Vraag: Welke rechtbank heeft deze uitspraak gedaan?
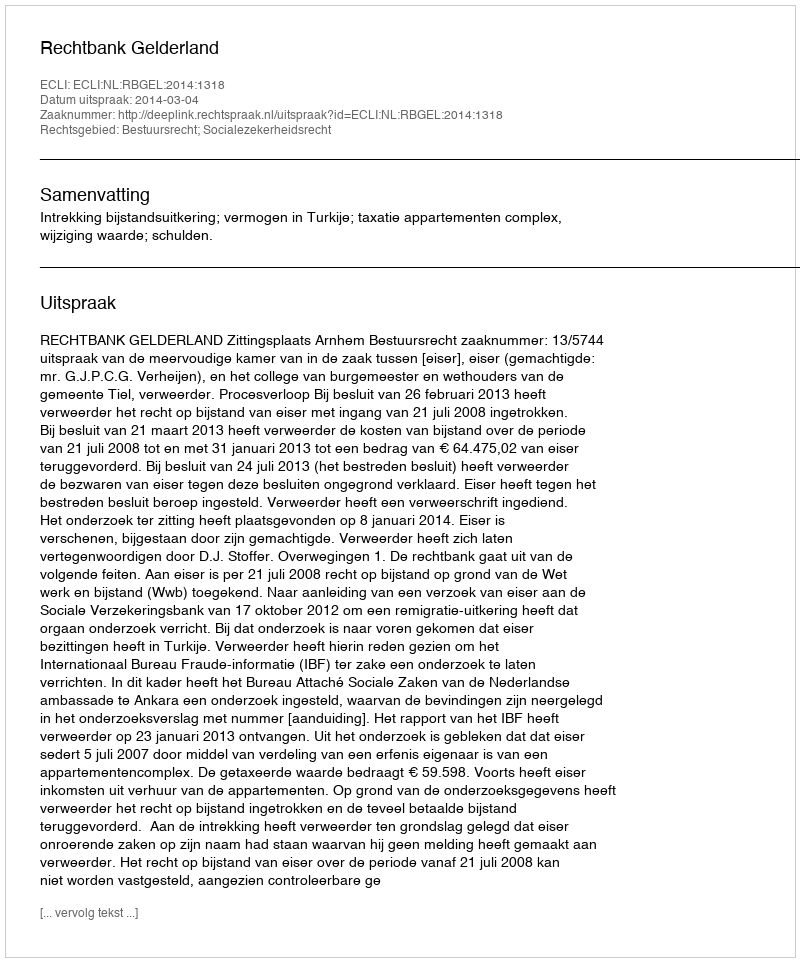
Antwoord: Rechtbank Gelderland